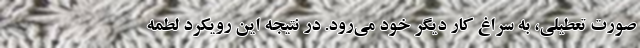
صورت تعطیلی، به سراغ کار دیگر خود می‌رود. در نتیجه این رویکرد لطمه